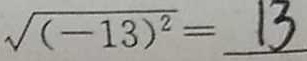
\sqrt { ( - 1 3 ) ^ { 2 } } = 1 3